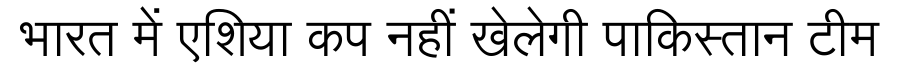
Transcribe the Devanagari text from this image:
भारत में एशिया कप नहीं खेलेगी पाकिस्तान टीम